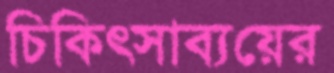
চিকিত্সাব্যয়ের